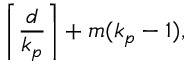
\left\lceil \frac { d } { k _ { p } } \right\rceil + m ( k _ { p } - 1 ) ,